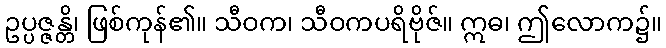
ဥပ္ပဇ္ဇန္တိ၊ ဖြစ်ကုန်၏။ သီဝက၊ သီဝကပရိဗိုဇ်။ ဣဓ၊ ဤလောက၌။